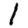
Digit: 1